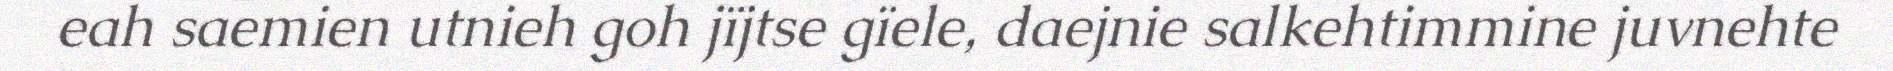
eah saemien utnieh goh jïjtse gïele, daejnie salkehtimmine juvnehte